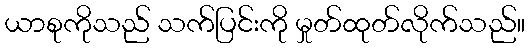
ယာစုကိုသည် သက်ပြင်းကို မှုတ်ထုတ်လိုက်သည်။